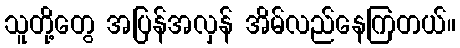
သူတို့တွေ အပြန်အလှန် အိမ်လည်နေကြတယ်။